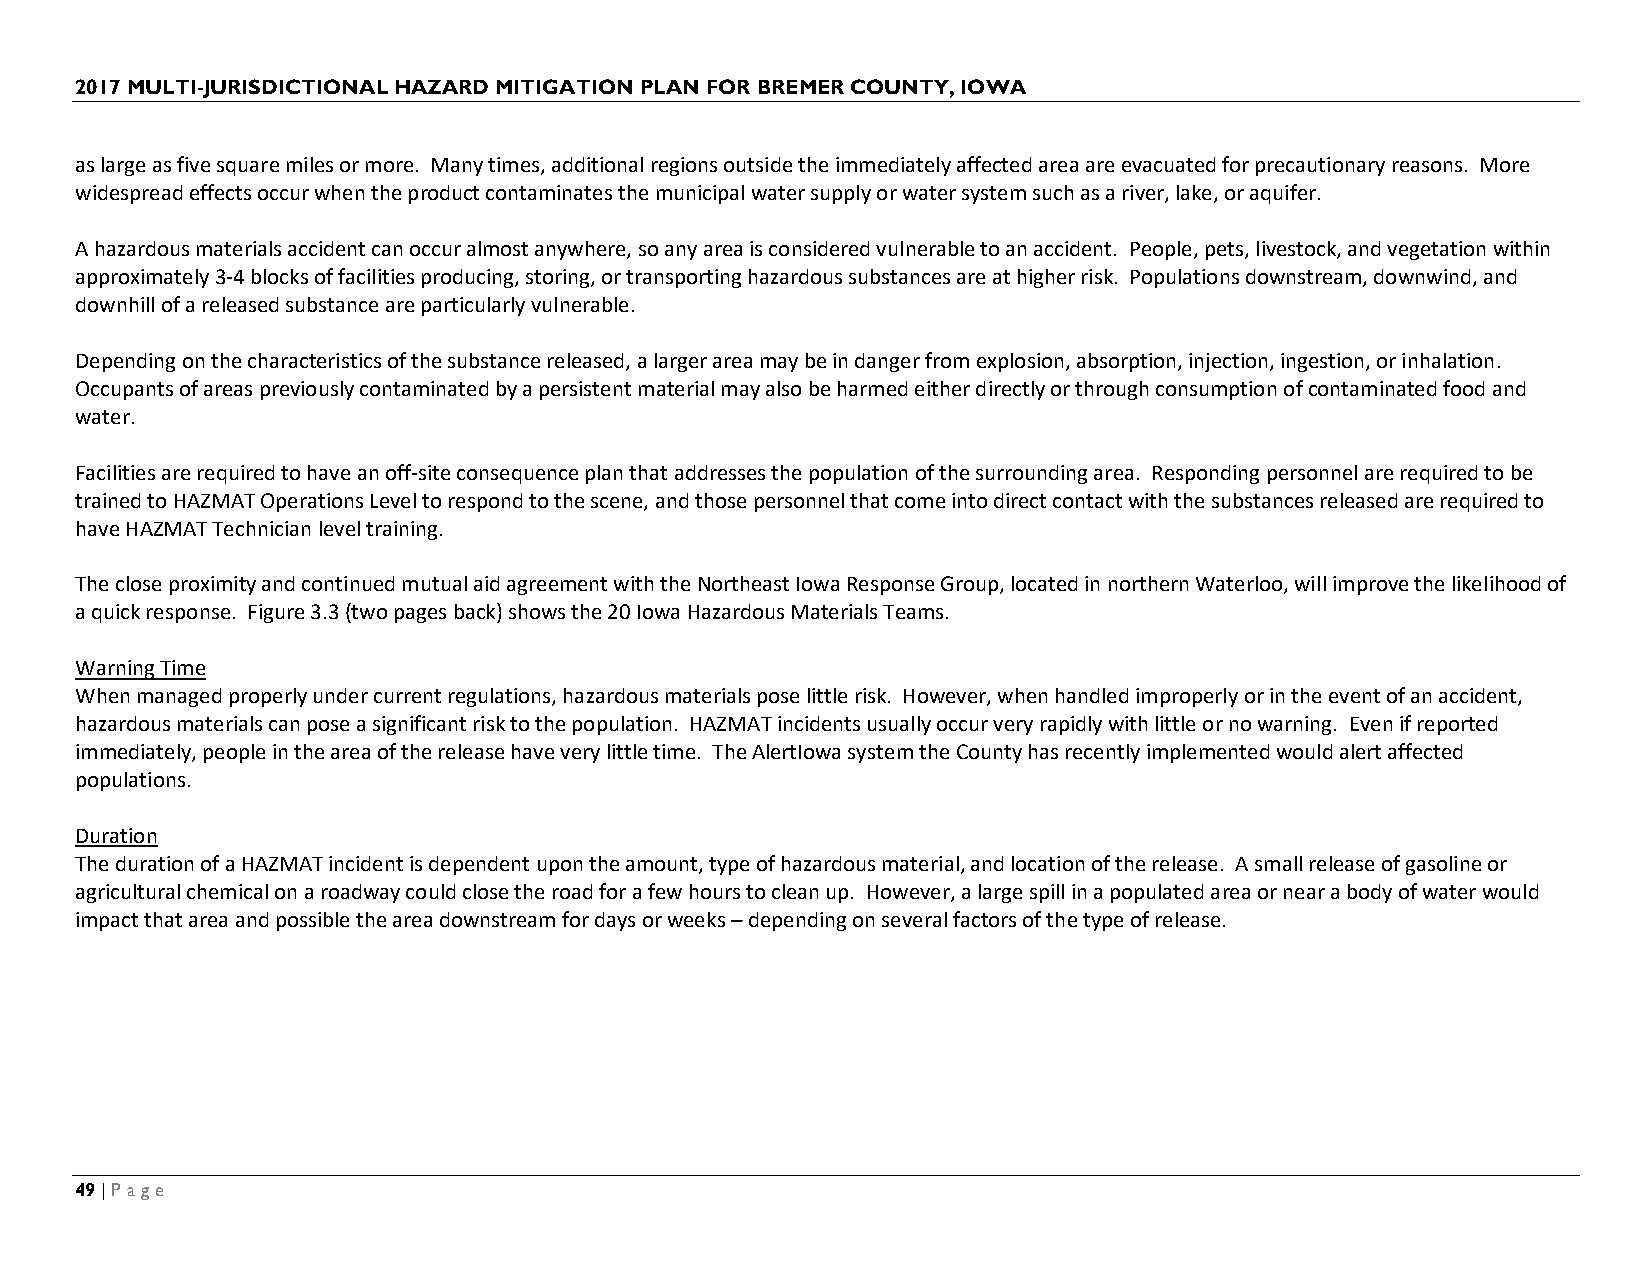
2017 MULTI-JURISDICTIONAL HAZARD MITIGATION PLAN FOR BREMER COUNTY, IOWA
 as large as five square miles or more. Many times, additional regions outside the immediately affected area are evacuated for precautionary reasons. More
 widespread effects occur when the product contaminates the municipal water supply or water system such as a river, lake, or aquifer.
 A hazardous materials accident can occur almost anywhere, so any area is considered vulnerable to an accident. People, pets, livestock, and vegetation within
 approximately 3-4 blocks of facilities producing, storing, or transporting hazardous substances are at higher risk. Populations downstream, downwind, and
 downhill of a released substance are particularly vulnerable.
 Depending on the characteristics of the substance released, a larger area may be in danger from explosion, absorption, injection, ingestion, or inhalation.
 Occupants of areas previously contaminated by a persistent material may also be harmed either directly or through consumption of contaminated food and
 water.
 Facilities are required to have an off-site consequence plan that addresses the population of the surrounding area. Responding personnel are required to be
 trained to HAZMAT Operations Level to respond to the scene, and those personnel that come into direct contact with the substances released are required to
 have HAZMAT Technician level training.
 The close proximity and continued mutual aid agreement with the Northeast Iowa Response Group, located in northern Waterloo, will improve the likelihood of
 a quick response. Figure 3.3 (two pages back) shows the 20 Iowa Hazardous Materials Teams.
 Warning Time
 When managed properly under current regulations, hazardous materials pose little risk. However, when handled improperly or in the event of an accident,
 hazardous materials can pose a significant risk to the population. HAZMAT incidents usually occur very rapidly with little or no warning. Even if reported
 immediately, people in the area of the release have very little time. The AlertIowa system the County has recently implemented would alert affected
 populations.
 Duration
 The duration of a HAZMAT incident is dependent upon the amount, type of hazardous material, and location of the release. A small release of gasoline or
 agricultural chemical on a roadway could close the road for a few hours to clean up. However, a large spill in a populated area or near a body of water would
 impact that area and possible the area downstream for days or weeks – depending on several factors of the type of release.
 49 | Page